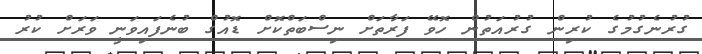
ގުރުނެގުމުގެ ކުރިން ގުރުއަތުން ހޮވޭ ފަރާތަށް ނިސްބަތްކޮށް ޑޮއުގް ބުނެފައިވަނީ ވަރަށް ކުރު